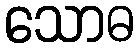
သောဓ